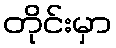
တိုင်းမှာ